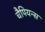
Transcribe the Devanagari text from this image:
चैपियन्स